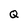
Character: Q